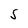
Character: S